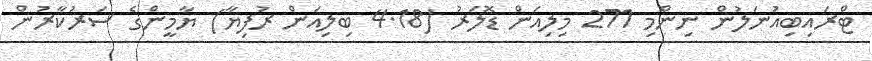
ޓްރައިބިއުނަލުން ނިންމި 271 މިލިއަން ޑޮލަރު (4.18 ބިލިއަން ރުފިޔާ) ޔާމީންގެ ސަރުކާރުން